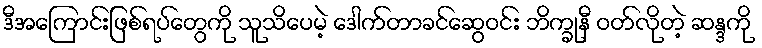
ဒီအကြောင်းဖြစ်ရပ်တွေကို သူသိပေမဲ့ ဒေါက်တာခင်ဆွေဝင်း ဘိက္ခုနီ ဝတ်လိုတဲ့ ဆန္ဒကို